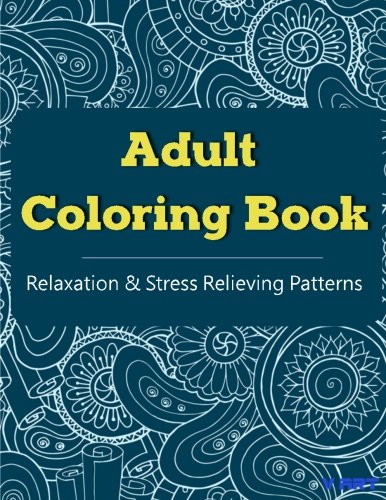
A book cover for Adult Coloring Book: Coloring Books For Adults, Coloring Books for Grown ups : Relaxation & Stress Relieving Patterns (Volume 26); Coloring Books For Adults; Arts & Photography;